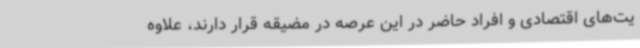
یت‌های اقتصادی و افراد حاضر در این عرصه در مضیقه قرار دارند، علاوه